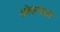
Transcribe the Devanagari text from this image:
सोलल्यावर